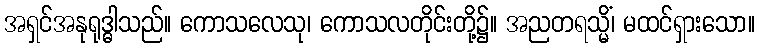
အရှင်အနုရုဒ္ဓါသည်။ ကောသလေသု၊ ကောသလတိုင်းတို့၌။ အညတရသ္မိံ၊ မထင်ရှားသော။